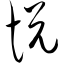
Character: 悦